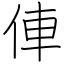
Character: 俥